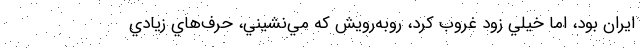
ايران بود، اما خيلي زود غروب كرد، روبه‌رويش كه مي‌نشيني، حرف‌هاي زيادي